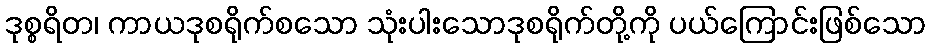
ဒုစ္စရိတ၊ ကာယဒုစရိုက်စသော သုံးပါးသောဒုစရိုက်တို့ကို ပယ်ကြောင်းဖြစ်သော